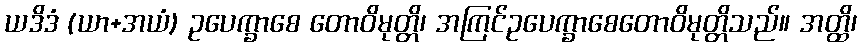
ယဒိဒံ (ယာ+အယံ) ဥပေက္ခာစေ တောဝိမုတ္တိ၊ အကြင်ဥပေက္ခာစေတောဝိမုတ္တိသည်။ အတ္ထိ၊